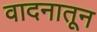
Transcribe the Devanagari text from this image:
वादनातून